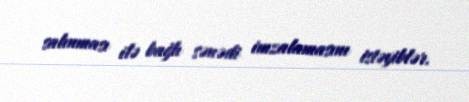
salınması ilə bağlı sənədi imzalamasını istəyiblər.